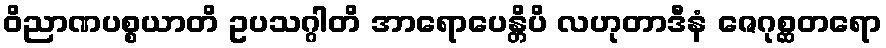
ဝိညာဏပစ္စယာတိ ဥပသဂ္ဂါတိ အာရောပေန္တိပိ လဟုတာဒီနံ ဇေဂုစ္ဆတရော